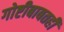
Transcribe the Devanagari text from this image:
गोष्टीबाबतही